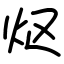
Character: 𬉼